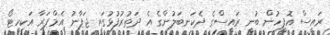
ރައީސް އޮފީހުން ބުނީ ރައީސްގެ ދެކަނބަލުންގެ އެ ދަތުރުފުޅުގައި ޖަޕާނު އެމްޕަރާ އަކިހީޓޯ